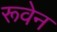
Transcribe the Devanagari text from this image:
रूवेन